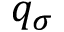
q _ { \sigma }